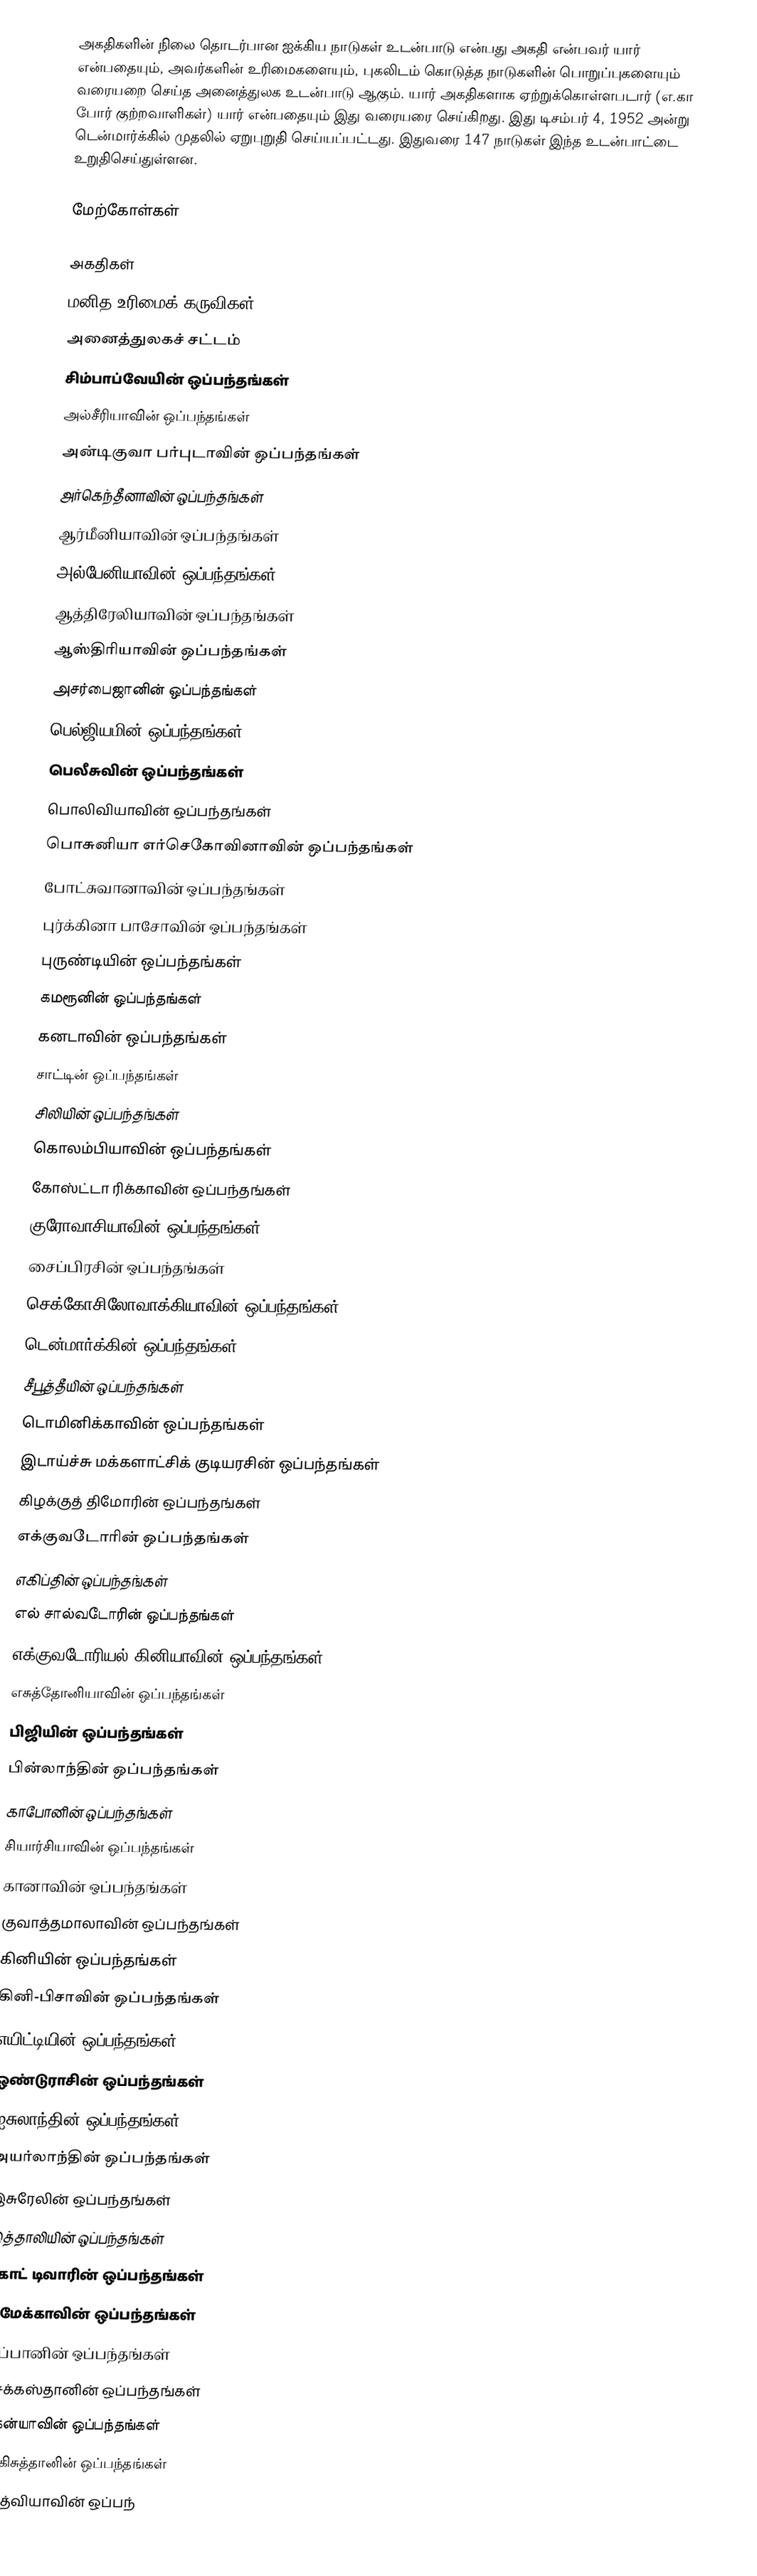
அகதிகளின் நிலை தொடர்பான ஐக்கிய நாடுகள் உடன்பாடு என்பது அகதி என்பவர் யார் என்பதையும், அவர்களின் உரிமைகளையும், புகலிடம் கொடுத்த நாடுகளின் பொறுப்புகளையும் வரையறை செய்த அனைத்துலக உடன்பாடு ஆகும்.  யார் அகதிகளாக ஏற்றுக்கொள்ளபடார் (எ.கா போர் குற்றவாளிகள்) யார் என்பதையும் இது வரையரை செய்கிறது.  இது டிசம்பர் 4, 1952 அன்று டென்மார்க்கில் முதலில் ஏறுபுறுதி செய்யப்பட்டது.  இதுவரை 147 நாடுகள் இந்த உடன்பாட்டை உறுதிசெய்துள்ளன.

மேற்கோள்கள்

அகதிகள்
மனித உரிமைக் கருவிகள்
அனைத்துலகச் சட்டம்
சிம்பாப்வேயின் ஒப்பந்தங்கள்
அல்சீரியாவின் ஒப்பந்தங்கள்
அன்டிகுவா பர்புடாவின் ஒப்பந்தங்கள்
அர்கெந்தீனாவின் ஒப்பந்தங்கள்
ஆர்மீனியாவின் ஒப்பந்தங்கள்
அல்பேனியாவின் ஒப்பந்தங்கள்
ஆத்திரேலியாவின் ஒப்பந்தங்கள்
ஆஸ்திரியாவின் ஒப்பந்தங்கள்
அசர்பைஜானின் ஒப்பந்தங்கள்
பெல்ஜியமின் ஒப்பந்தங்கள்
பெலீசுவின் ஒப்பந்தங்கள்
பொலிவியாவின் ஒப்பந்தங்கள்
பொசுனியா எர்செகோவினாவின் ஒப்பந்தங்கள்
போட்சுவானாவின் ஒப்பந்தங்கள்
புர்க்கினா பாசோவின் ஒப்பந்தங்கள்
புருண்டியின் ஒப்பந்தங்கள்
கமரூனின் ஒப்பந்தங்கள்
கனடாவின் ஒப்பந்தங்கள்
சாட்டின் ஒப்பந்தங்கள்
சிலியின் ஒப்பந்தங்கள்
கொலம்பியாவின் ஒப்பந்தங்கள்
கோஸ்ட்டா ரிக்காவின் ஒப்பந்தங்கள்
குரோவாசியாவின் ஒப்பந்தங்கள்
சைப்பிரசின் ஒப்பந்தங்கள்
செக்கோசிலோவாக்கியாவின் ஒப்பந்தங்கள்
டென்மார்க்கின் ஒப்பந்தங்கள்
சீபூத்தீயின் ஒப்பந்தங்கள்
டொமினிக்காவின் ஒப்பந்தங்கள்
இடாய்ச்சு மக்களாட்சிக் குடியரசின் ஒப்பந்தங்கள்
கிழக்குத் திமோரின் ஒப்பந்தங்கள்
எக்குவடோரின் ஒப்பந்தங்கள்
எகிப்தின் ஒப்பந்தங்கள்
எல் சால்வடோரின் ஒப்பந்தங்கள்
எக்குவடோரியல் கினியாவின் ஒப்பந்தங்கள்
எசுத்தோனியாவின் ஒப்பந்தங்கள்
பிஜியின் ஒப்பந்தங்கள்
பின்லாந்தின் ஒப்பந்தங்கள்
காபோனின் ஒப்பந்தங்கள்
சியார்சியாவின் ஒப்பந்தங்கள்
கானாவின் ஒப்பந்தங்கள்
குவாத்தமாலாவின் ஒப்பந்தங்கள்
கினியின் ஒப்பந்தங்கள்
கினி-பிசாவின் ஒப்பந்தங்கள்
எயிட்டியின் ஒப்பந்தங்கள்
ஒண்டுராசின் ஒப்பந்தங்கள்
ஐசுலாந்தின் ஒப்பந்தங்கள்
அயர்லாந்தின் ஒப்பந்தங்கள்
இசுரேலின் ஒப்பந்தங்கள்
இத்தாலியின் ஒப்பந்தங்கள்
கோட் டிவாரின் ஒப்பந்தங்கள்
ஜமேக்காவின் ஒப்பந்தங்கள்
யப்பானின் ஒப்பந்தங்கள்
கசக்கஸ்தானின் ஒப்பந்தங்கள்
கென்யாவின் ஒப்பந்தங்கள்
கிர்கிசுத்தானின் ஒப்பந்தங்கள்
லாத்வியாவின் ஒப்பந்